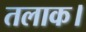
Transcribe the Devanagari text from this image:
तलाक।